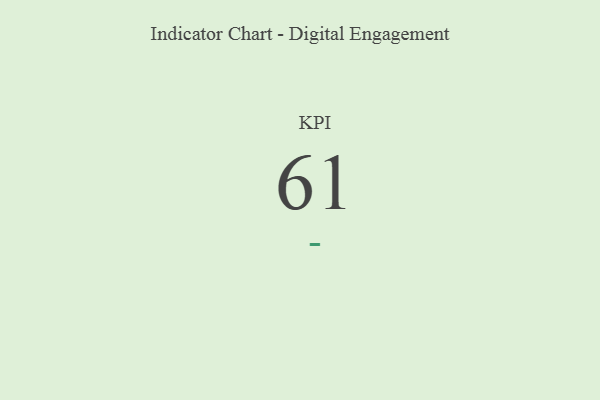
{"axis": {"x": "KPI", "y": "Value"}, "legend": [""], "data": [{"x": "KPI", "y": 61, "type": ""}]}